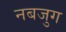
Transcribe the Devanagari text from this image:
नबजुग